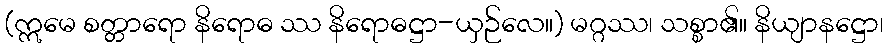
(ဣမေ စတ္တာရော နိရောဓ ဿ နိရောဓဋ္ဌာ-ယှဉ်လေ။) မဂ္ဂဿ၊ သစ္စာ၏။ နိယျာနဋ္ဌော၊